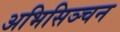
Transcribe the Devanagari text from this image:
अभिसिञ्चन